Lunatic asylums Punjab 1911-1921 - 1911-1921
Year: 1911
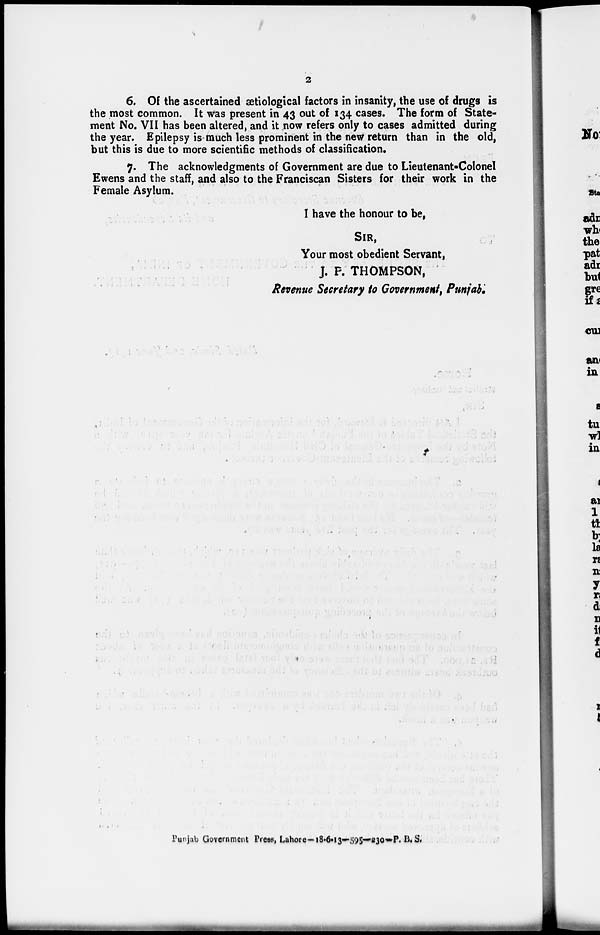
2
6. Of the ascertained ætiological factors in insanity, the use of drugs is
the most common. It was present in 43 out of 134 cases. The form of State-
ment No. VII has been altered, and it now refers only to cases admitted during
the year. Epilepsy is much less prominent in the new return than in the old,
but this is due to more scientific methods of classification.
7. The acknowledgments of Government are due to Lieutenant-Colonel
Ewens and the staff, and also to the Franciscan Sisters for their work in the
Female Asylum.
I have the honour to be,
SIR,
Your most obedient Servant,
J. P. THOMPSON,
Revenue Secretary to Government, Punjab.
Punjab Government Press, Lahore-18-6-13—595—230—P.B.S.